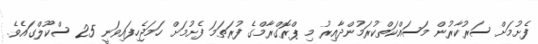
ފެށުމަށް ސަރުކާރުން މަސައްކަތްކުރަމުންދާއިރު މި ޕްރޮގްރާމްގެ ފުރަތަމަ ފެށުމަށް ހަމަޖެހިފައިވަނީ 25 ސްކޫލްގައެވެ.